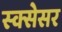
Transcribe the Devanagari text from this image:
स्क्सेसर